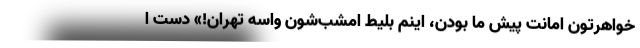
خواهرتون امانت پیش ما بودن، اینم بلیط امشب‌شون واسه تهران!» دست ا